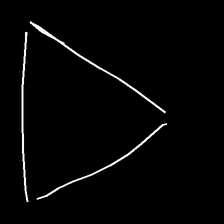
Glyph: convergence